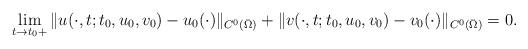
LaTeX: \begin{align*}\lim_{t\to t_0+}\|u(\cdot,t;t_0,u_0,v_0)-u_0(\cdot)\|_{C^0(\bar\Omega)}+\|v(\cdot,t;t_0,u_0,v_0)-v_0(\cdot)\|_{C^0(\bar\Omega)}=0.\end{align*}